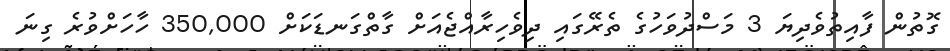
ގޮތުން ފާއިތުވެދިޔަ 3 މަސްދުވަހުގެ ތެރޭގައި ދިވެހިރާއްޖެއަށް ގާތްގަނޑަކަށް 350